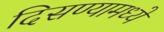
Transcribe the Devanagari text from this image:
दिसण्यामध्ये